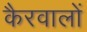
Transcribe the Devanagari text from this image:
कैरवालों